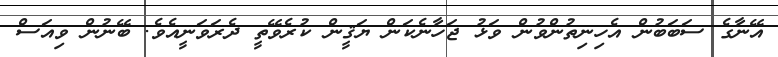
އޭނާގެ ސަބަބުން އެހިނިތުންވުން ވަޅު ޖަހާނެކަން ޔަޤީން ކުރެވޭތީ ދެރަވަނީއެވެ. ބޭނުން ވިއަސް